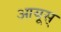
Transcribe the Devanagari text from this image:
आयूस्‌